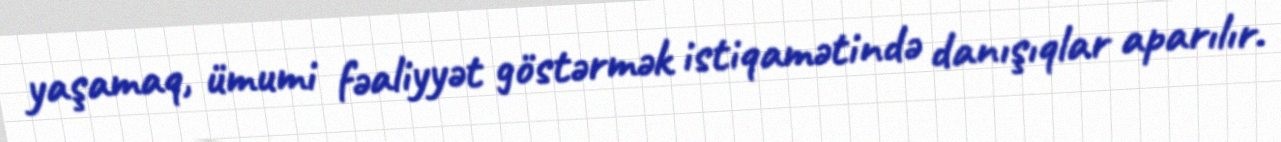
yaşamaq, ümumi fəaliyyət göstərmək istiqamətində danışıqlar aparılır.